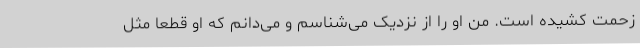
زحمت کشیده است. من او را از نزدیک می‌شناسم و می‌دانم که او قطعا مثل